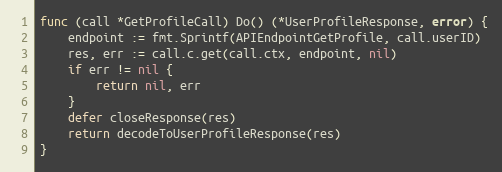
Language: Go
func (call *GetProfileCall) Do() (*UserProfileResponse, error) {
	endpoint := fmt.Sprintf(APIEndpointGetProfile, call.userID)
	res, err := call.c.get(call.ctx, endpoint, nil)
	if err != nil {
		return nil, err
	}
	defer closeResponse(res)
	return decodeToUserProfileResponse(res)
}